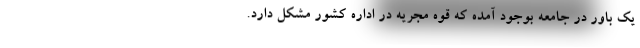
یک باور در جامعه بوجود آمده که قوه مجریه در اداره کشور مشکل دارد.